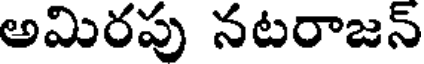
అమిరపు నటరాజన్